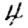
Digit: 4